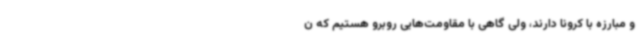
و مبارزه با کرونا دارند، ولی گاهی با مقاومت‌هایی روبرو هستیم که ن